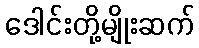
ဒေါင်းတို့မျိုးဆက်